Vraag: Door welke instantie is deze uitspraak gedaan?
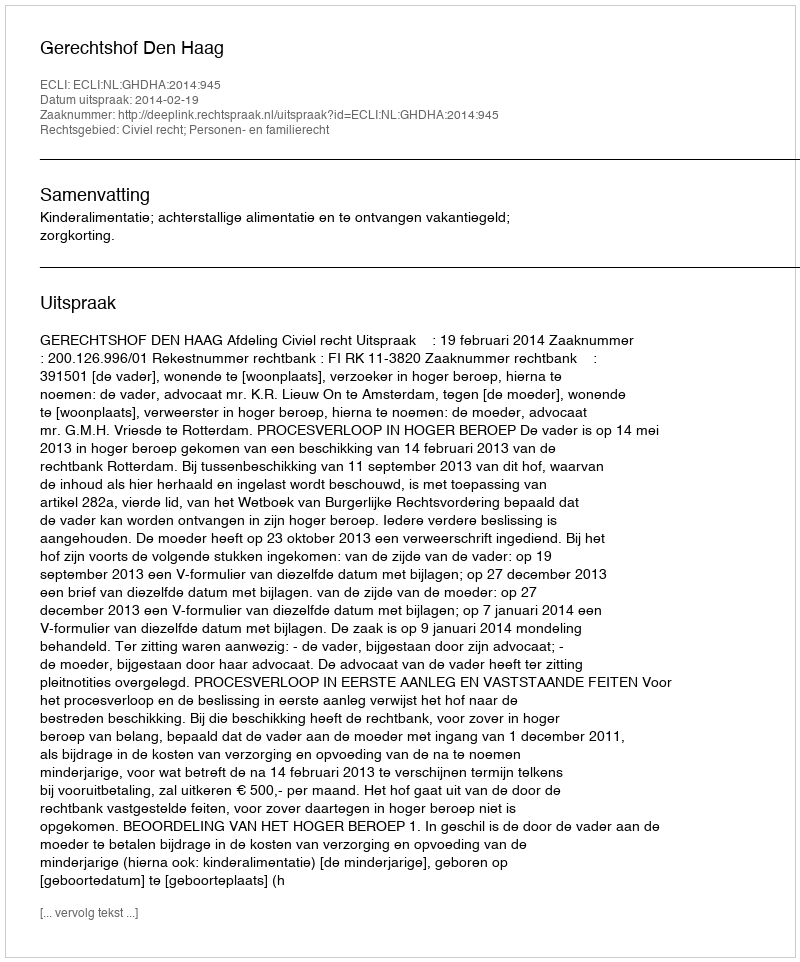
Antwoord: Gerechtshof Den Haag